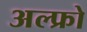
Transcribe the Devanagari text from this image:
अल्फ्रो